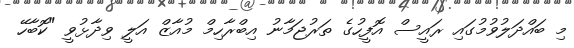
މި ބައްދަލުވުމުގައި ރައީސް އޮފީހުގެ ތަރުޖަމާނު އިބްރާހިމް މުއާޒް އަލީ ވިދާޅުވީ "ކޮބާހޭ